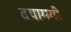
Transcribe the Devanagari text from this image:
दयामयी